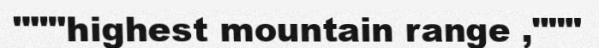
"""highest mountain range ,"""